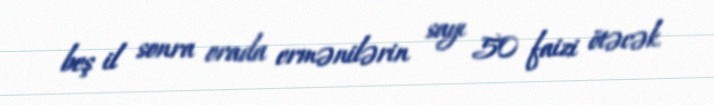
beş il sonra orada ermənilərin sayı 50 faizi ötəcək.